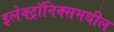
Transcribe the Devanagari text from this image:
इलेक्ट्रॉनिक्समधील